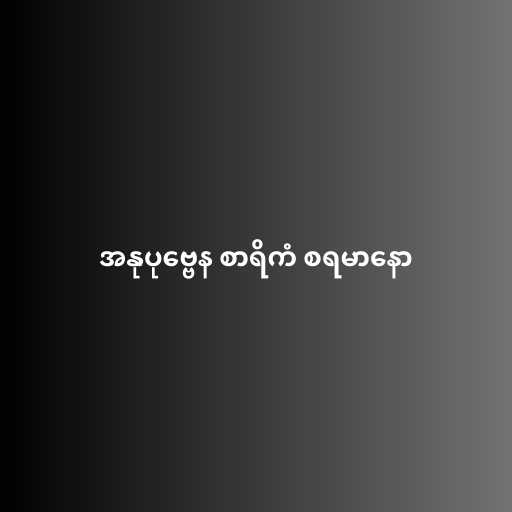
အနုပုဗ္ဗေန စာရိကံ စရမာနော